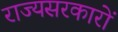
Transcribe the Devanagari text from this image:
राज्यसरकारों